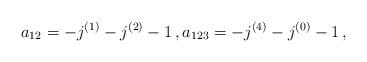
LaTeX: \begin{align*}a_{12} = -j^{(1)} - j^{(2)} - 1 \,, a_{123} = - j^{(4)} - j^{(0)} -1 \,, \end{align*}